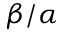
\beta / \alpha